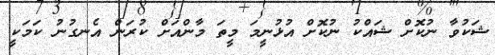
ޝަކުވާ ނުކޮށް ޝައްކު ނުކޮށް އުޅުނީމަ މީތަ މާންއަށް ކުރަން އެނގުނު ކަމަކީ